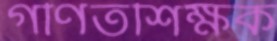
গণিতশিক্ষক